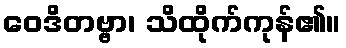
ဝေဒိတဗ္ဗာ၊ သိထိုက်ကုန်၏။